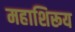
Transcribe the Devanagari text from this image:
महाशिरूय